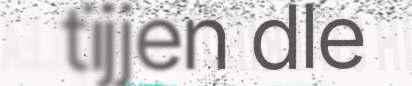
tïjjen dle